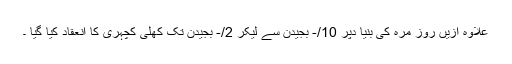
علاوہ ازیں روز مرہ کی بنیا دپر 10/- بجیدن سے لیکر 2/- بجیدن تک کھلی کچہری کا انعقاد کیا گیا ۔